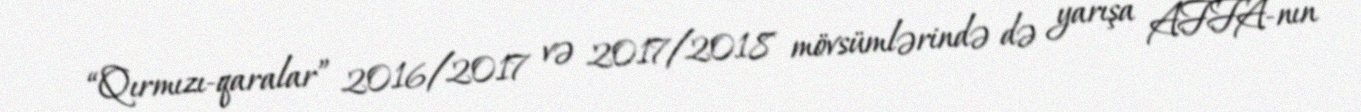
“Qırmızı-qaralar” 2016/2017 və 2017/2018 mövsümlərində də yarışa AFFA-nın